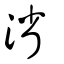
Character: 渻